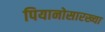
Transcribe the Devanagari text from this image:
पियानोसारख्या